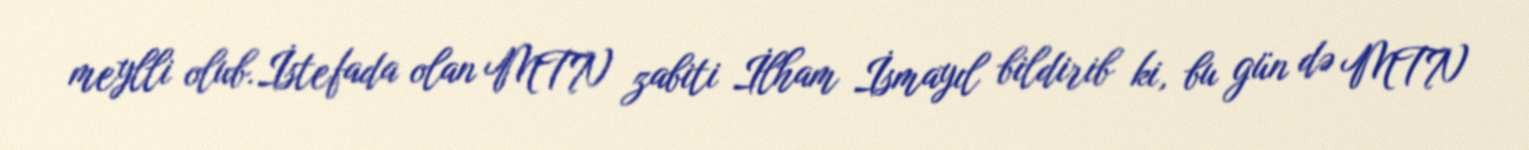
meylli olub.İstefada olan MTN zabiti İlham İsmayıl bildirib ki, bu gün də MTN